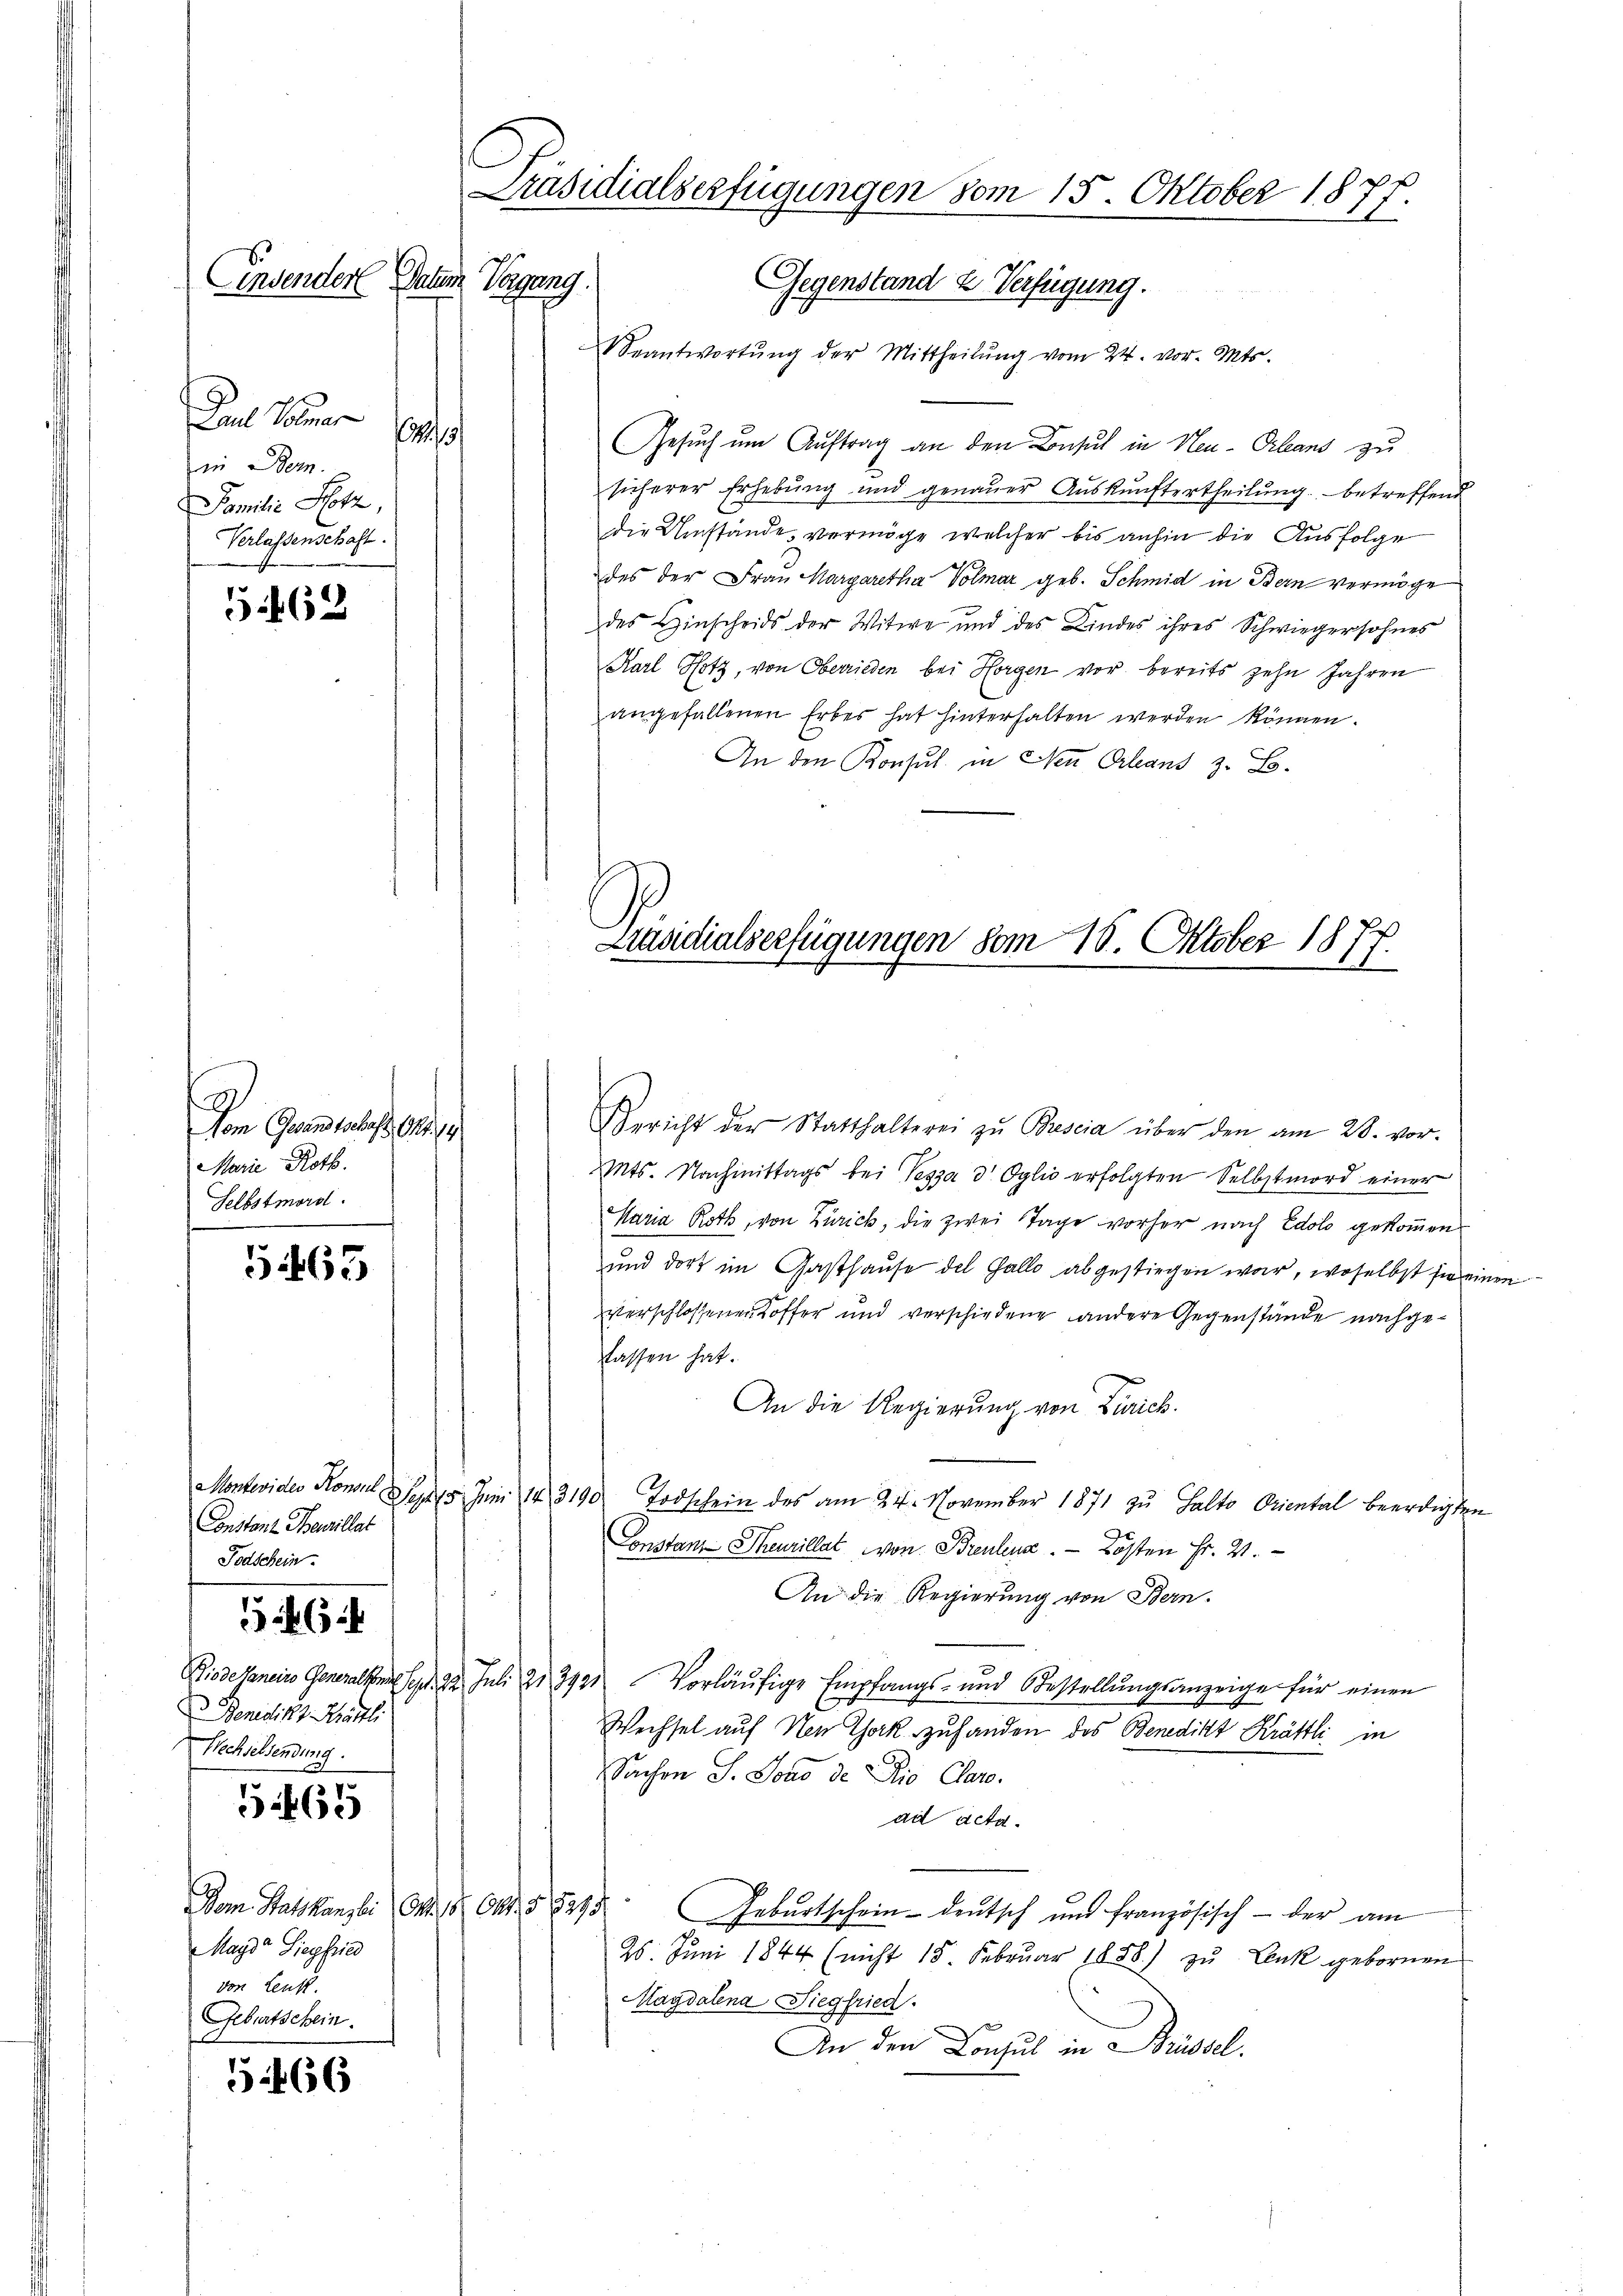
C
Präsidialserfügungen vom 15. Oktober 1877.
Einsender Datum Vorgang.
Gegenstand & Verfügung.

Dem Bauer
3
in Bern.
Familie Hotz,
Verlassenschaft.

562

S
Nom Gesandtschaft, 141. 19
Marie Roth.
Selbstmord

5465

Constant Bewillat
Todschein.

526

Benidikt Rhätli
Wechselsendung.
s

5465

Mayde Siegfried
von Lenk.
Geburtschein

5466

eantwortŭng der Mittheilŭng vom 24. vor. Mts.
Gesuch um Auftrag an den Besuch in Neu-Orleand zu
sicherer Erhebung und genauer Auskunftertheilung betreffend
die Umstände, vermöge welcher bis anhin die Ausfolge
des der Frau Margaretha Volmar geb. Schmid in Bern vermöge
des Hinscheids der Witwe und des Kindes ihres Schwiegersohnes
Karl Hotz, von Oberrieden bei Horgen vor bereits zehn Jahren
angefallenen Erbes hat hinterhalten werden können.
An den Konsul in Neu Orleans z. B.

Präsidialserfügungen vom 18. Oktober 1877.

Bericht der Statthalterei zu Brescia über den am 28. vor-
MMts. Nachmittags bei Vezza d Oglio erfolgten Selbstmord einer
Maria Roth, von Zürich, die zwei Tage vorher nach Edolo gekommen
und dort im Gasthause des Galle abgestiegen war, woselbst sie einen
verschlossenen Koffer und verschiedene andere Gegenstände nachgelassen hat.
An die Regierung von Zürich
Montevides Konsul Sept 15 Juni 143190. Todschein des am 24. November 1871 zu Salto Oriental beerdigten
Constanz Theurillat von Breulena.  Kosten Fr. 2.
An die Regierung von Bern.
Diode saneiro Generalkonst Sept. 92. Juli 21. 3921 Vorläŭfige Empfangs- und Bestellŭngsanzeige für einen
Wechsel auf Non Chork zuhanden das Benedikt Kräftli in
Sachen S. Joso de Dio Caro-
ad Acta.
Dom. Statskanzlei Art. 18. Okt. 58245. Geburtschein- deŭtsch und französisch - der am
25. Juni 1844 (nicht 15. Februar 1858.) zu Lenk gebornen
Magdalena Siegfried.
An den Consul in Brüssel.